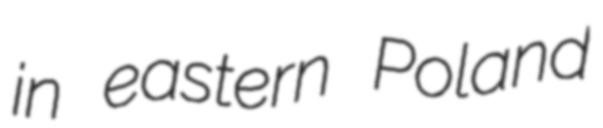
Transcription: in eastern Poland